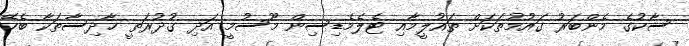
ސާކުގެ މެންބަރު ގައުމުތަކަށް ތައުލީމާއި ޓެލެމެޑިސިން މޫސުމީ އަދި ގުދުރަތީ ހާދިސާތަކާ ބެހޭ